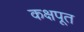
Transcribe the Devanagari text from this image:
कक्षपूत